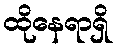
ထိုနေရာရှိ